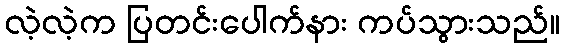
လဲ့လဲ့က ပြတင်းပေါက်နား ကပ်သွားသည်။